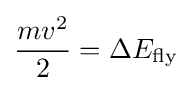
{\frac {mv^{2}}{2}}=\Delta E_{\text{fly}}